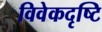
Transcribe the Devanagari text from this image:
विवेकदृष्टि